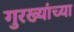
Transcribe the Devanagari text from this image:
गुरख्यांच्या